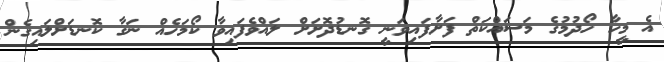
އެ މީހާ ހޯދުމުގެ މަސައްކަތް ފަށާފައިވަނީ ގޮނޑުދޮށަށް ލައްވެފައިވާ ކޯމަހެއް ނަގާ ކޮނޑަށްލައިގެން